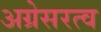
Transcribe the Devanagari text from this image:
अग्रेसरत्व